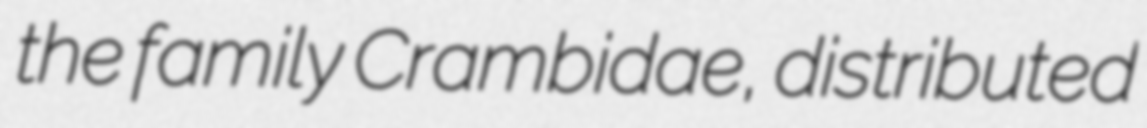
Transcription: the family Crambidae, distributed